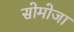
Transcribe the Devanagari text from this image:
सोमोजा